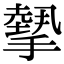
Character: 𢴸